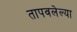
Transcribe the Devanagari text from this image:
तापवलेल्या